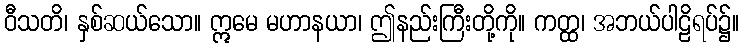
ဝီသတိ၊ နှစ်ဆယ်သော။ ဣမေ မဟာနယာ၊ ဤနည်းကြီးတို့ကို။ ကတ္ထ၊ အဘယ်ပါဠိရပ်၌။